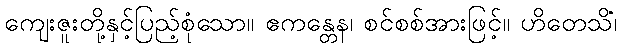
ကျေးဇူးတို့နှင့်ပြည့်စုံသော။ ဧကန္တေန၊ စင်စစ်အားဖြင့်။ ဟိတေသိံ၊